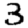
Digit: 3